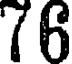
(6